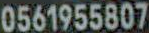
0561955807